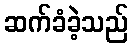
ဆက်ခံခဲ့သည်